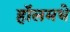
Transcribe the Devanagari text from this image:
हॉलमधे